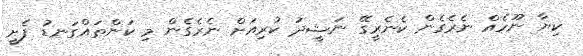
ކިޔާ ނޫހެއް ނެރެގެން ކެނެރީގޭ ނަޝީދު ކުރިއަށް ނެރެގެން މި ކަންތައްގަނޑު ފެށީ